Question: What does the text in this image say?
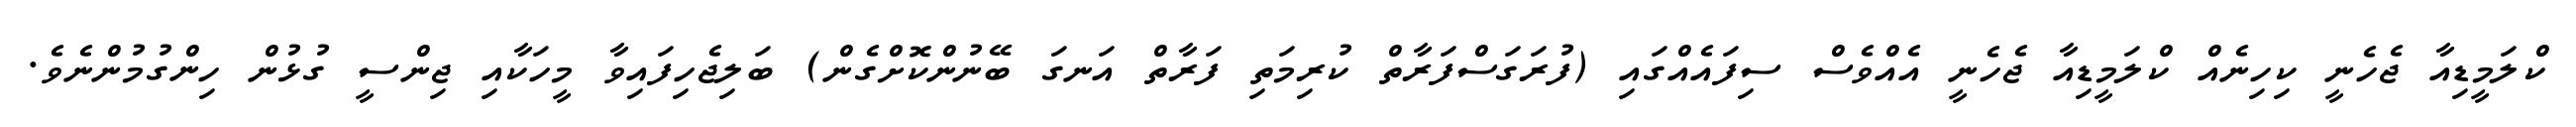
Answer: ކްލަމީޑިއާ ޖެހެނީ ކިހިނެއް ކްލަމީޑިއާ ޖެހެނީ އެއްވެސް ސިފައެއްގައި (ފުރަގަސްފަރާތް ކުރިމަތި ފަރާތް އަނގަ ބޭނުންކޮށްގެން) ބަލިޖެހިފައިވާ މީހަކާއި ޖިންސީ ގުޅުން ހިންގުމުންނެވެ.